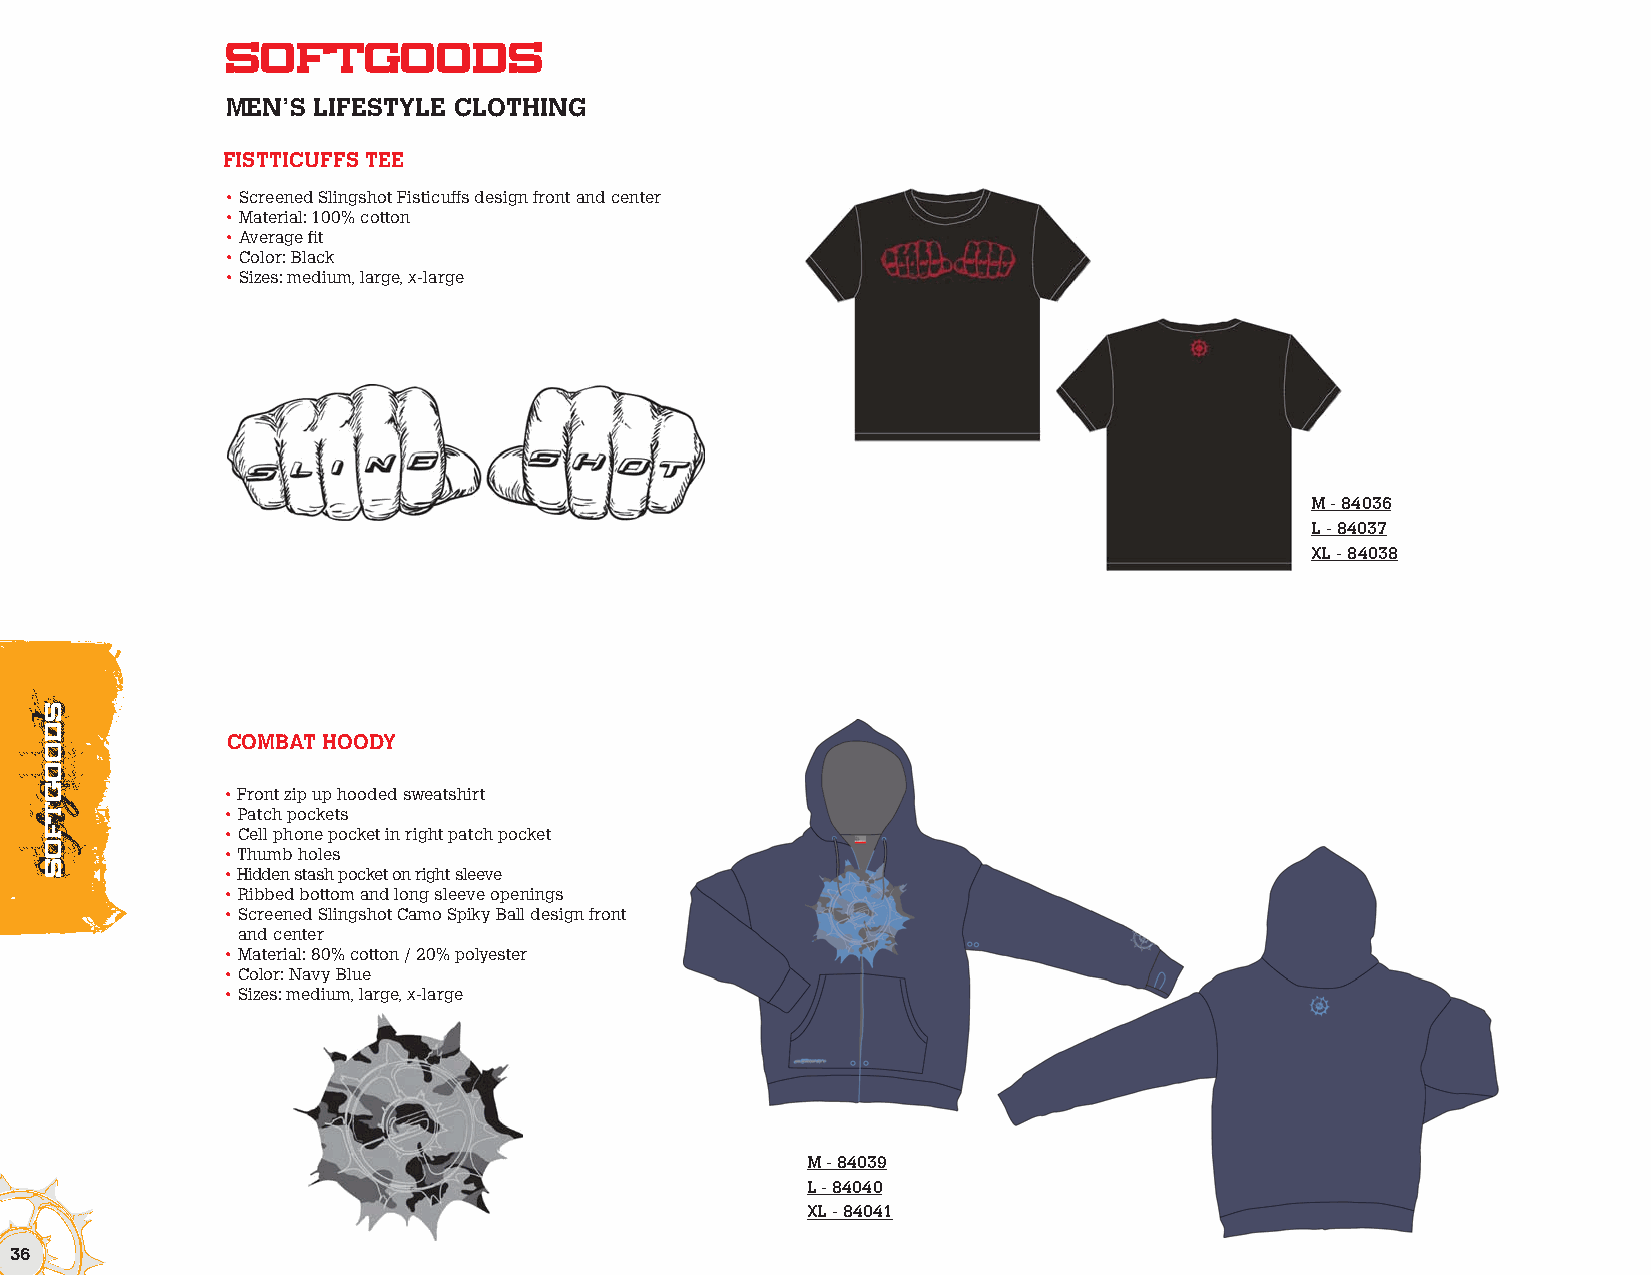
Softgoods
 MEN’S LIFESTYLE CLOTHING
 FISTTICUFFS TEE
 • Screened Slingshot Fisticuffs design front and center
 • Material: 100% cotton
 • Average fit
 • Color: Black
 • Sizes: medium, large, x-large
 M - 84036
 L - 84037
 XL - 84038
 COMBAT HOODY
 • Front zip up hooded sweatshirt
 • Patch pockets
 • Cell phone pocket in right patch pocket
 • Thumb holes
 • Hidden stash pocket on right sleeve
 • Ribbed bottom and long sleeve openings
 • Screened Slingshot Camo Spiky Ball design front
 and center
 • Material: 80% cotton / 20% polyester
 • Color: Navy Blue
 • Sizes: medium, large, x-large
 M - 84039
 L - 84040
 XL - 84041
 36
 ssddooooggttffooSs